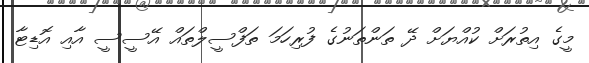
މީގެ އިތުރަށް ކުއްޔަށް ދޭ ތަންތަނުގެ ފުރިހަމަ ތަފްސީލްތައް އޭސީސީ އާއި އޮޑިޓާ